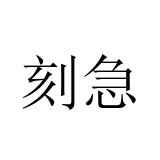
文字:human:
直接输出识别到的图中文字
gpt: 刻急